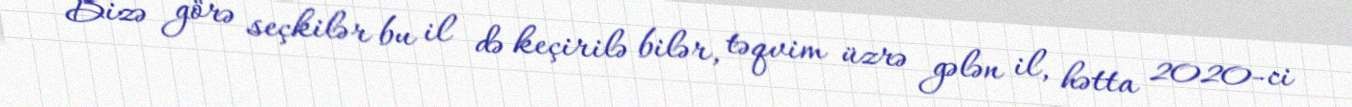
Bizə görə seçkilər bu il də keçirilə bilər, təqvim üzrə gələn il, hətta 2020-ci